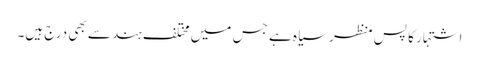
اشتہار کا پس منظر سیاہ ہے جس میں مختلف ہندسے بھی درج ہیں۔